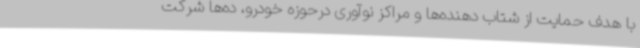
با هدف حمایت از شتاب دهنده‌ها و مراکز نوآوری درحوزه خودرو، ده‌ها شرکت